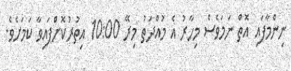
ނިންމާފައި އޮތް ނަމަވެސް މިހާރު އެ މުއްދަތު މިރޭ 10:00 އިތުރުކޮށްފައިވާ ކަމަށެވެ.